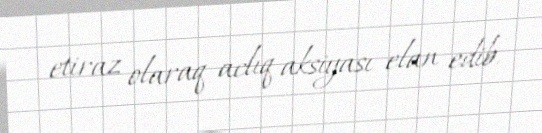
etiraz olaraq aclıq aksiyası elan edib.